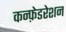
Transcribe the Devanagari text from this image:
कन्फ़ेडरेशन